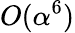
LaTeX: O(\alpha^{6})